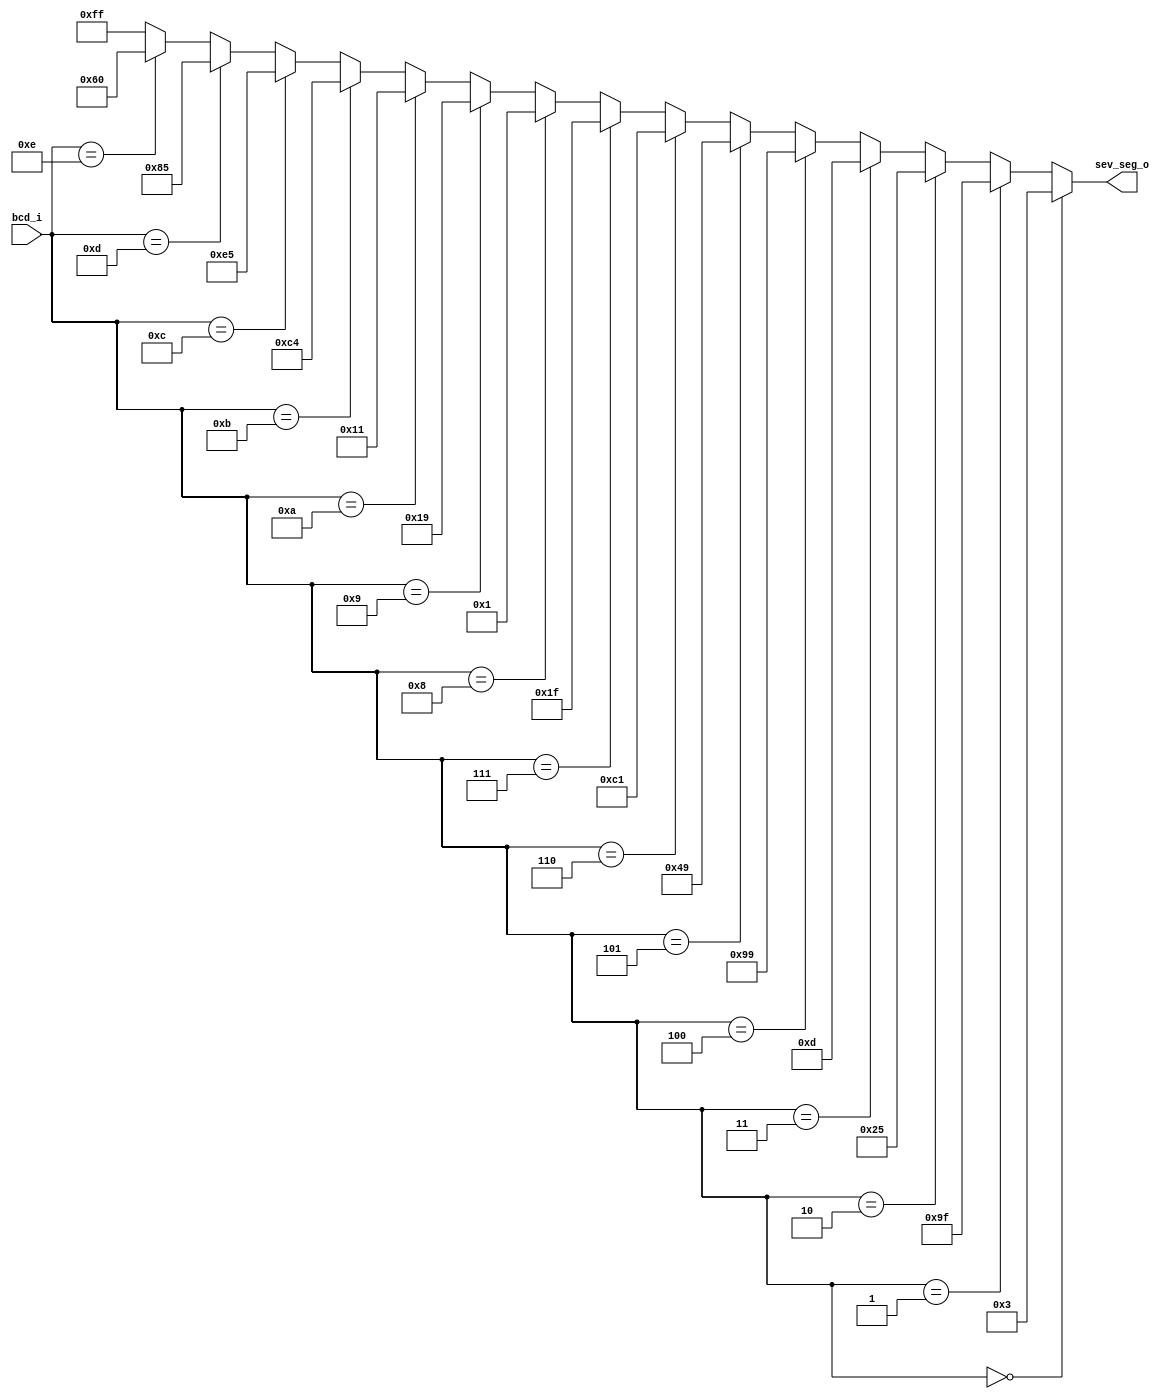
`timescale 1ns / 1ps
//////////////////////////////////////////////////////////////////////////////////
// Company: 
// Engineer: 
// 
// Design Name: 
// Module Name:    BCD_to_7seg 
// Project Name: 
// Target Devices: 
// Tool versions: 
// Description: 
//
// Dependencies: 
//
// Revision: 
// Revision 0.01 - File Created
// Additional Comments: 
//
//////////////////////////////////////////////////////////////////////////////////
module BCD_to_7seg(
	input wire [3:0] bcd_i,
	output reg [7:0] sev_seg_o
    );
	
	initial
		sev_seg_o <= 8'b11111111;
	
	always@*
		begin
			if (bcd_i == 4'h0)
				sev_seg_o <= 8'b00000011;
			else if (bcd_i == 4'h1)
				sev_seg_o <= 8'b10011111;
			else if (bcd_i == 4'h2)
				sev_seg_o <= 8'b00100101;
			else if (bcd_i == 4'h3)
				sev_seg_o <= 8'b00001101;
			else if (bcd_i == 4'h4)
				sev_seg_o <= 8'b10011001;
			else if (bcd_i == 4'h5)//
				sev_seg_o <= 8'b01001001;
			else if (bcd_i == 4'h6)//
				sev_seg_o <= 8'b11000001;
			else if (bcd_i == 4'h7)//
				sev_seg_o <= 8'b00011111;
			else if (bcd_i == 4'h8)//
				sev_seg_o <= 8'b00000001;
			else if (bcd_i == 4'h9)//
				sev_seg_o <= 8'b00011001;
			else if (bcd_i == 4'hA)//
				sev_seg_o <= 8'b00010001;
			else if (bcd_i == 4'hB)//
				sev_seg_o <= 8'b11000100;
			else if (bcd_i == 4'hC)//
				sev_seg_o <= 8'b11100101;
			else if (bcd_i == 4'hD)//
				sev_seg_o <= 8'b10000101;
			else if (bcd_i == 4'hE)//
				sev_seg_o <= 8'b01100000;
			else 
				sev_seg_o <= 8'b11111111;
				
		end
endmodule
//	parameter cero = 4'b0000; parameter uno = 4'b0001; parameter dos = 4'b0010; parameter tres = 4'b0011;
//	parameter cuatro = 4'b0100; parameter cinco = 4'b0101;parameter seis = 4'b0110; parameter siete = 4'b0111;
//	parameter ocho = 4'b1000; parameter nueve = 4'b1001; parameter Te = 4'b1010; parameter O = 4'b1011;
//	parameter Ce = 4'b1100; parameter De = 4'b1101; parameter E = 4'b1110;
//	
//	always@*
//	begin
//		case (bcd_i)
//			cero  : sev_seg_o <= 8'b00000011;
//			uno   : sev_seg_o <= 8'b10011111;
//			tres  : sev_seg_o <= 8'b00001101;
//			cuatro: sev_seg_o <= 8'b10011001;
//			cinco : sev_seg_o <= 8'b01001001;
//			seis  : sev_seg_o <= 8'b11000001;
//			siete : sev_seg_o <= 8'b00011111;
//			ocho  : sev_seg_o <= 8'b00000001;
//			nueve : sev_seg_o <= 8'b00011001;
//			Te    : sev_seg_o <= 8'b01110010;
//			O     : sev_seg_o <= 8'b00000010;
//			Ce    : sev_seg_o <= 8'b01100010;
//			De    : sev_seg_o <= 8'b00000010;
//			E     : sev_seg_o <= 8'b01100000;
//			
//		endcase
//	end